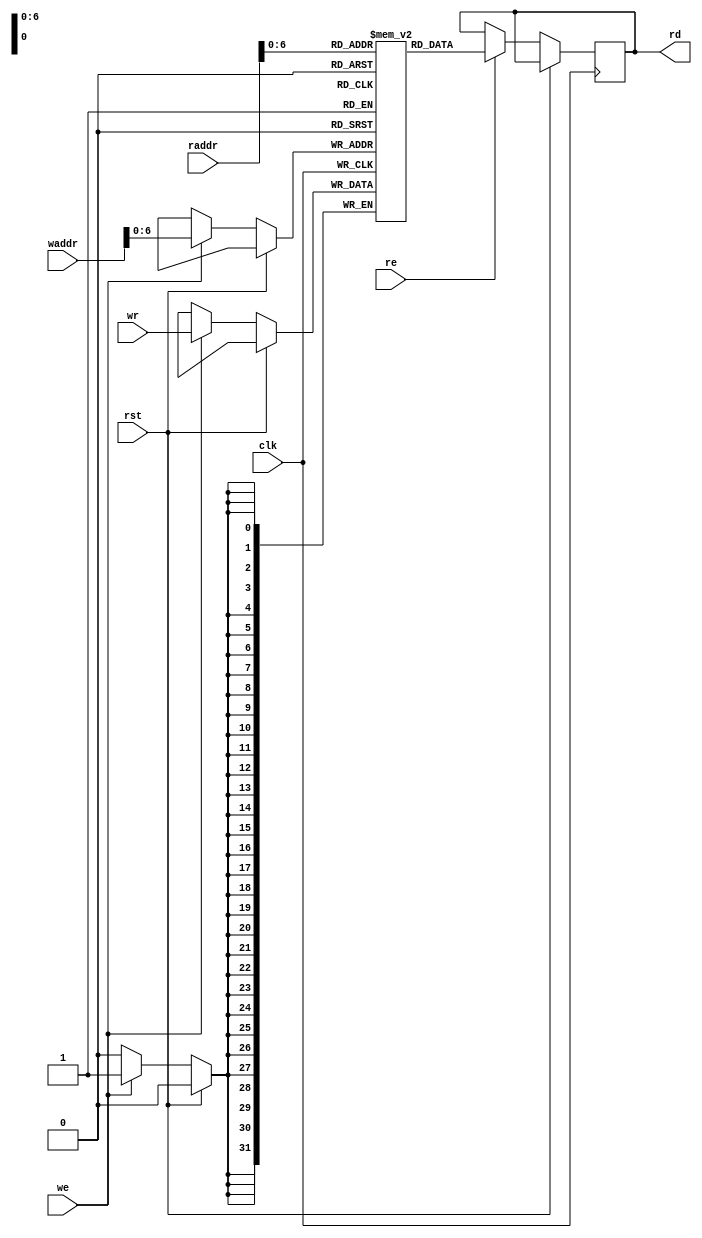
module ram_256_32(
    input wire clk,
    input wire rst,
    // Read port
    input wire [7:0] raddr,
    output wire [31:0] rd,
    input wire re,
    // Write port
    input wire [7:0] waddr,
    input wire [31:0] wr,
    input wire we
);

`ifdef SKY130
    // Collision avoidance policy: write take priority
    wire re_ca = ((raddr == waddr) && we) ? 1'b0 : re;

    // No 128_32 macro provided, so...
    sky130_sram_1kbyte_1rw1r_32x256_8 mem(
        .clk0(clk),
        .csb0(!we),
        .web0(!we),
        .wmask0(4'hF),
        .addr0(waddr),
        .din0(wr),
        .dout0(),
        .clk1(clk),
        .csb1(!re_ca),
        .addr1(raddr),
        .dout1(rd)
    );
`else
    reg [31:0] mem [0:127];
    reg [31:0] rd_reg;

    always @(posedge clk) begin
        if (!rst) begin
            if (we) begin
                mem[waddr] <= wr;
            end
            
            if (re) begin
                rd_reg <= mem[raddr];
            end
        end
    end

    assign rd = rd_reg;
`endif

endmodule